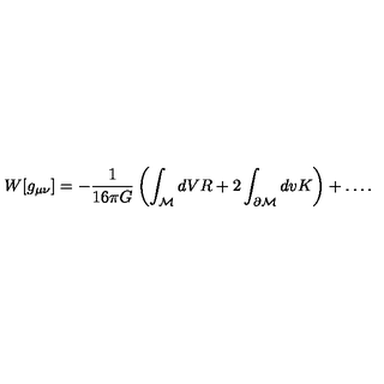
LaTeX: W [ g _ { \mu \nu } ] = - { \frac { 1 } { 1 6 \pi G } } \left( \int _ { \cal M } d V R + 2 \int _ { \partial { \cal M } } d v K \right) + \ldots .